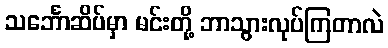
သင်္ဘောဆိပ်မှာ မင်းတို့ ဘာသွားလုပ်ကြတာလဲ